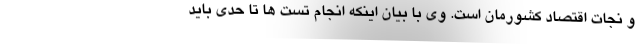
و نجات اقتصاد کشورمان است. وی با بیان اینکه انجام تست ها تا حدی باید